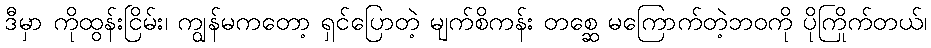
ဒီမှာ ကိုထွန်းငြိမ်း၊ ကျွန်မကတော့ ရှင်ပြောတဲ့ မျက်စိကန်း တစ္ဆေ မကြောက်တဲ့ဘဝကို ပိုကြိုက်တယ်၊